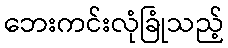
ဘေးကင်းလုံခြုံသည့်